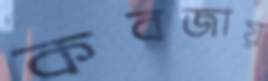
কবজায়